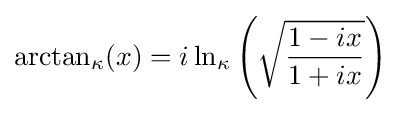
{\rm {arctan}}_{\kappa }(x)=i\ln _{\kappa }\left({\sqrt {\frac {1-ix}{1+ix}}}\right)